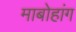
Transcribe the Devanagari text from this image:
माबोहांग